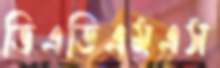
ডিএডিএমএস